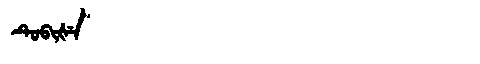
Manchu: ᡨᡠᠪᡳᡧᡝ
Romanization: TUBIŠE